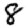
Digit: 8